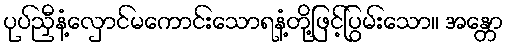
ပုပ်ညှီနံ့လှောင်မကောင်းသောရနံ့တို့ဖြင့်ပြွမ်းသော။ အန္တော